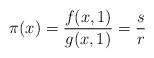
LaTeX: \begin{align*}\pi(x) = \frac{f(x,1)}{g(x,1)} = \frac{s}{r}\end{align*}